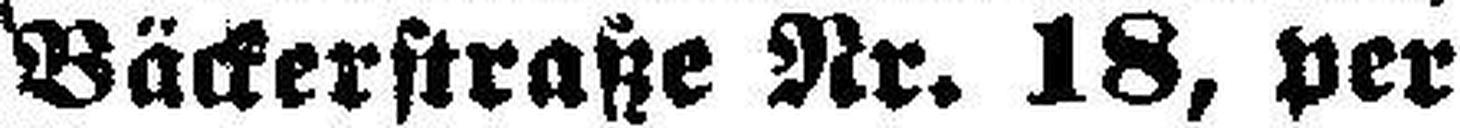
Bäckerstraße Nr. 18, per